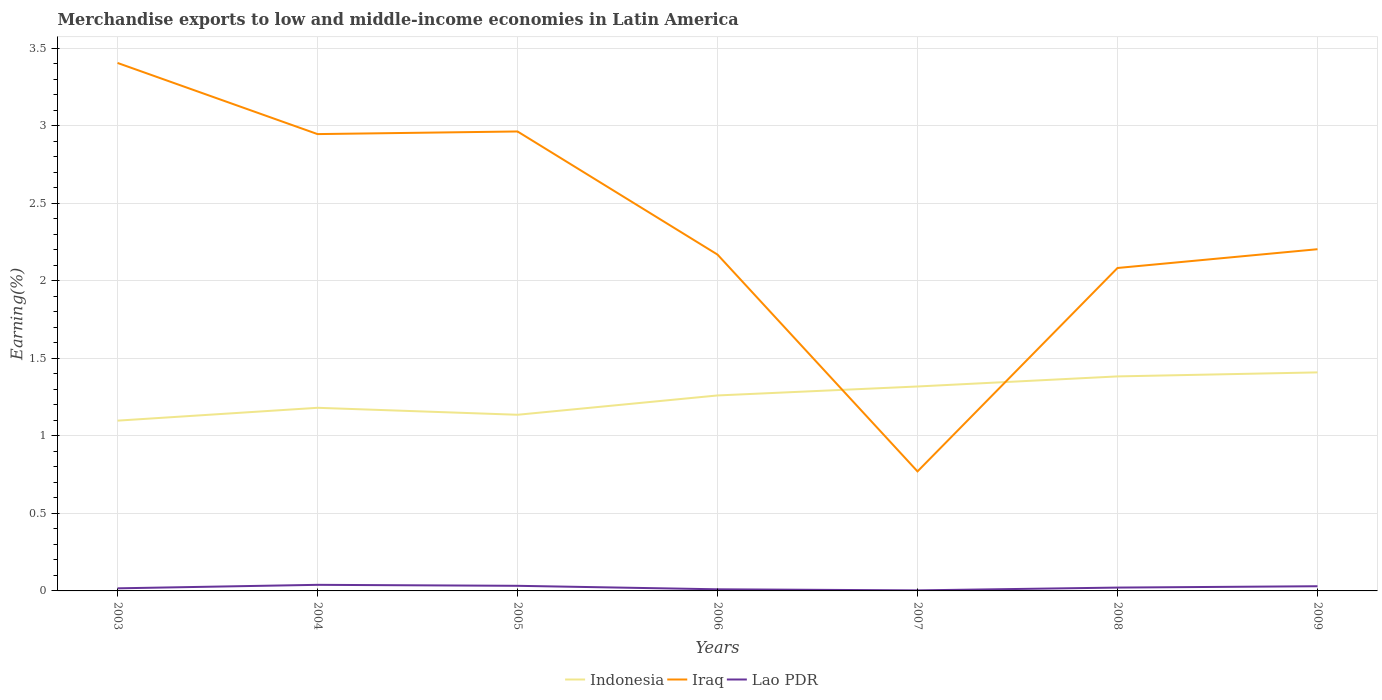
| Years | Indonesia | Iraq | Lao PDR |
 | --- | --- | --- | --- |
 | 2003 | 1.1 | 3.41 | 0.0167 |
 | 2004 | 1.18 | 2.95 | 0.0393 |
 | 2005 | 1.14 | 2.96 | 0.0329 |
 | 2006 | 1.26 | 2.17 | 0.0104 |
 | 2007 | 1.32 | 0.771 | 0.0035 |
 | 2008 | 1.38 | 2.08 | 0.0215 |
 | 2009 | 1.41 | 2.2 | 0.0302 |